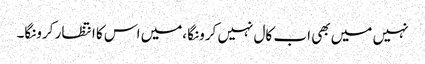
نہیں میں بھی اب کال نہیں کرونگا ،میں اس کا انتظار کرونگا۔